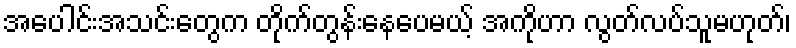
အပေါင်းအသင်းတွေက တိုက်တွန်းနေပေမယ့် အကိုဟာ လွတ်လပ်သူမဟုတ်၊